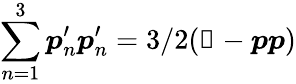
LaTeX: \sum_{n=1}^{3}\boldsymbol{p}_{n}^{\prime}\boldsymbol{p}_{n}^{\prime}=3/2(\mathbb{1}-\boldsymbol{pp})